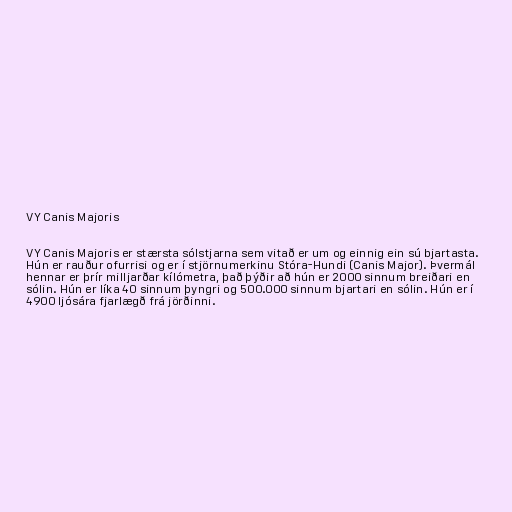
VY Canis Majoris

VY Canis Majoris er stærsta sólstjarna sem vitað er um og einnig ein sú bjartasta.
Hún er rauður ofurrisi og er í stjörnumerkinu Stóra-Hundi (Canis Major). Þvermál
hennar er þrír milljarðar kílómetra, það þýðir að hún er 2000 sinnum breiðari en
sólin. Hún er líka 40 sinnum þyngri og 500.000 sinnum bjartari en sólin. Hún er í
4900 ljósára fjarlægð frá jörðinni.